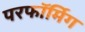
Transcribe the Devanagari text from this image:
परफॉर्मिग